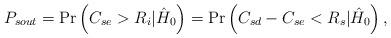
LaTeX: \begin{align*}P_{sout} = \Pr \left( {C_{se} > R_i |\hat H_0 } \right) = \Pr \left( {C_{sd} - C_{se} < R_s |\hat H_0 } \right),\end{align*}